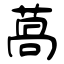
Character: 萵